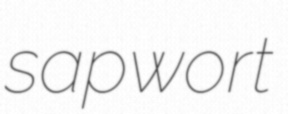
sapwort